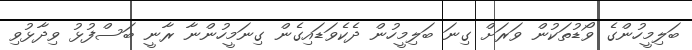
ބަލިމީހުންގެ ވޯޑުތަކުން ވަރަށް ގިނަ ބަލިމީހުން ދެކެވަޑައިގެން ގިނަމީހުންނާ ރާނީ ބަސްފުޅު ވިދާޅުވި